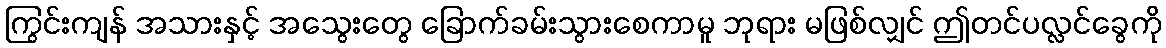
ကြွင်းကျန် အသားနှင့် အသွေးတွေ ခြောက်ခမ်းသွားစေကာမူ ဘုရား မဖြစ်လျှင် ဤတင်ပလ္လင်ခွေကို